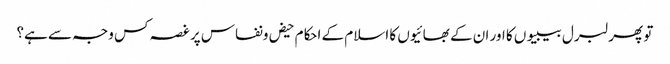
تو پھر لبرل بیبیوں کا اور ان کے بھائیوں کا اسلام کے احکام حیض ونفاس پر غصہ کس وجہ سے ہے؟